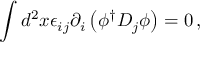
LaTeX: \int d ^ { 2 } x \epsilon _ { i j } \partial _ { i } \left( \phi ^ { \dagger } D _ { j } \phi \right) = 0 \, ,